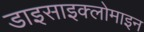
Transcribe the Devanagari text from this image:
डाइसाइक्लोमाइन